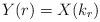
LaTeX: \begin{align*}Y(r)=X(k_r)\end{align*}